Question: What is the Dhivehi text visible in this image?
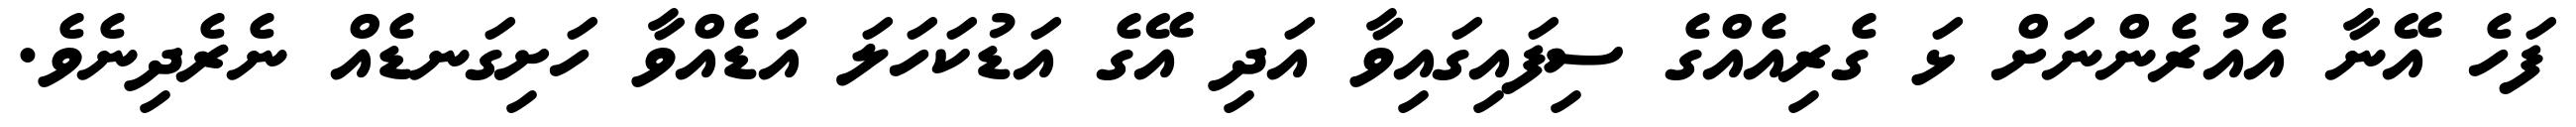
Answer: ފަހެ އޭނާ އެއުރެންނަށް ޅަ ގެރިއެއްގެ ސިފައިގައިވާ އަދި އޭގެ އަޑުކަހަލަ އަޑެއްވާ ހަށިގަނޑެއް ނެރެދިނެވެ.